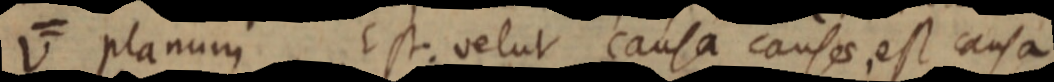
V planum Est. velut causa causae, est causa